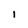
Character: l